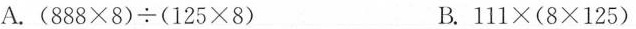
A. $$( 8 8 8 \times 8 ) \div ( 1 2 5 \times 8 )$$ B. $$1 1 1 \times ( 8 \times 1 2 5)$$